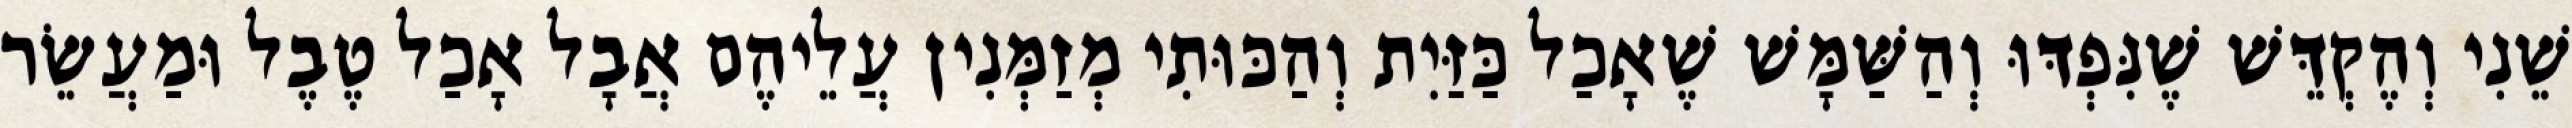
שֵׁנִי וְהֶקְדֵּשׁ שֶׁנִּפְדּוּ וְהַשַּׁמָּשׁ שֶׁאָכַל כַּזַּיִת וְהַכּוּתִי מְזַמְּנִין עֲלֵיהֶם אֲבָל אָכַל טֶבֶל וּמַעֲשֵׂר